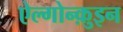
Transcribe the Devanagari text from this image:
ऐल्गोन्क़ुइन